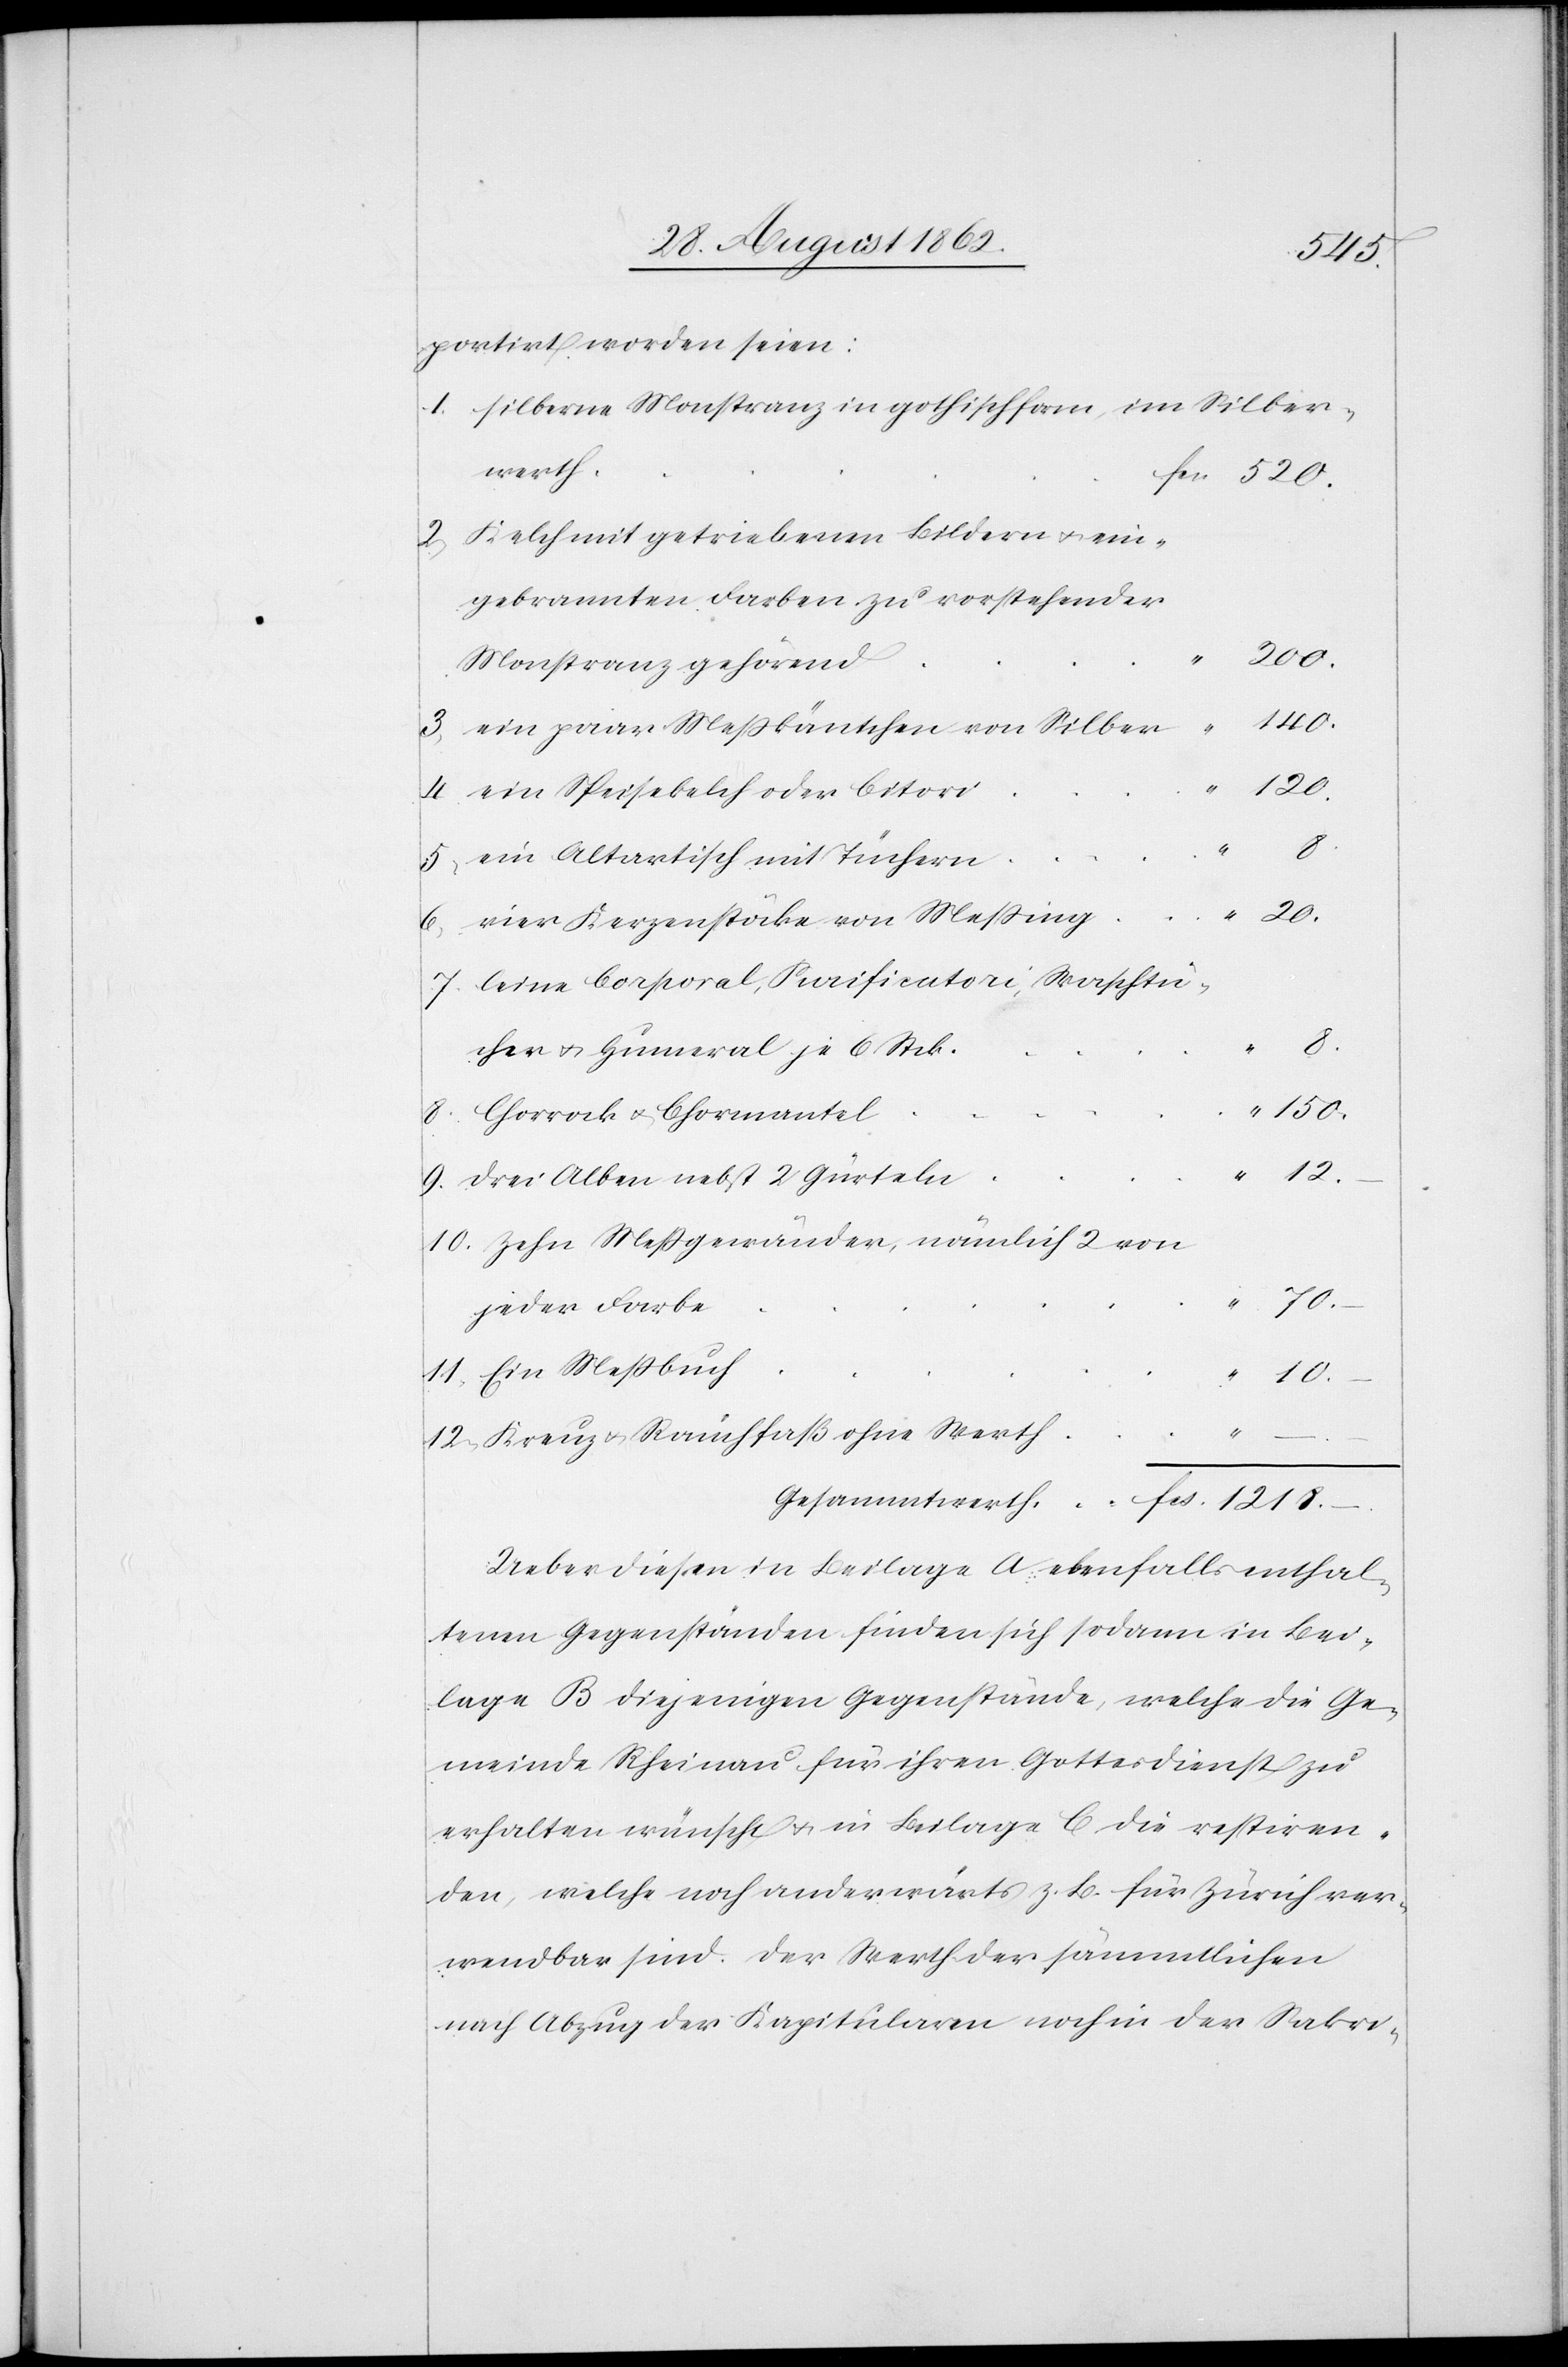
portirt worden seien.
silberne Monstranz in gothischform, im Silber¬
werth
Kelch mit getriebenen Bildern u. ein¬
gebrannten Farben zu vorstehender
Monstranz gehörend
140.
ein paar Meßbäntchen von Silber
ein Speisekelch oder Citori
9.
5.
ein Altartisch mit Tüchern
–
1218.
“
vier Kerzenstöcke von Meßing
eine Corporal, Sacrificatori, Waschtü¬
3.
cher u. Humeral je 6 Stck.
Chorrock u. Chormantel
drei Alben nebst 2 Gürteln
Zehn Meßgewänder, nämlich 2 von
10.
jeder Farbe
“
“
150.
Kreuz u. Rauchfaß ohne Werth
Ueber diesen in Beilage A ebenfalls enthal¬
tenen Gegenständen [sic!] finden sich sodann in Bei¬
lage B diejenigen Gegenstände, welche die Ge¬
meinde Rheinau für ihren Gottesdienst zu
erhalten wünscht u. in Beilage C die restiren¬
den, welche noch anderwärts z. B. für Zürich ver¬
wendbar sind. Der Werth der sämmtlichen
nach Abzug der Kapitularen noch in der Sakri-